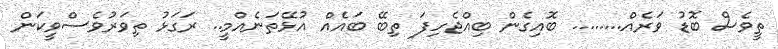
ތީވެސް ބޮޑު ވަރެއް........ ބޮއިގެން ބިއްޖެހިފަ ތިބޭ ބައެއް އުޅޭތަނެއްމީ.. ރަގަޅު ތިވަރުވެސްވީކަން